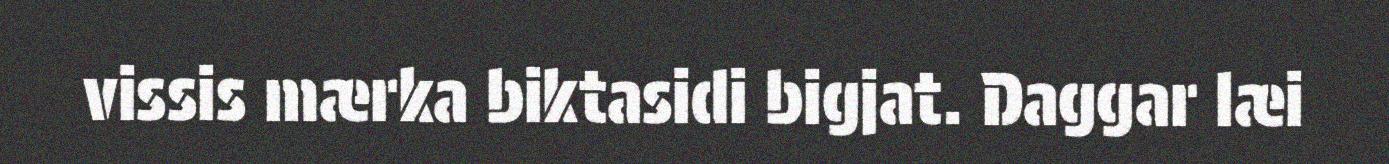
vissis mærka biktasidi bigjat. Daggar læi